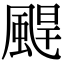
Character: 𩗤